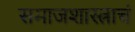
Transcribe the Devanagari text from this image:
समाजशास्त्राचं